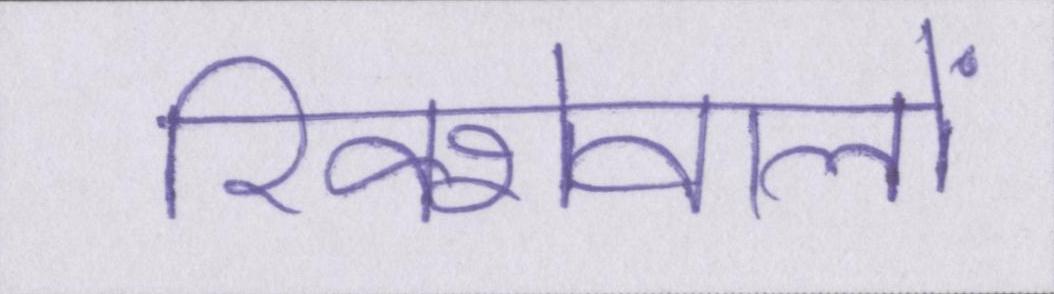
रिक्शेवालों